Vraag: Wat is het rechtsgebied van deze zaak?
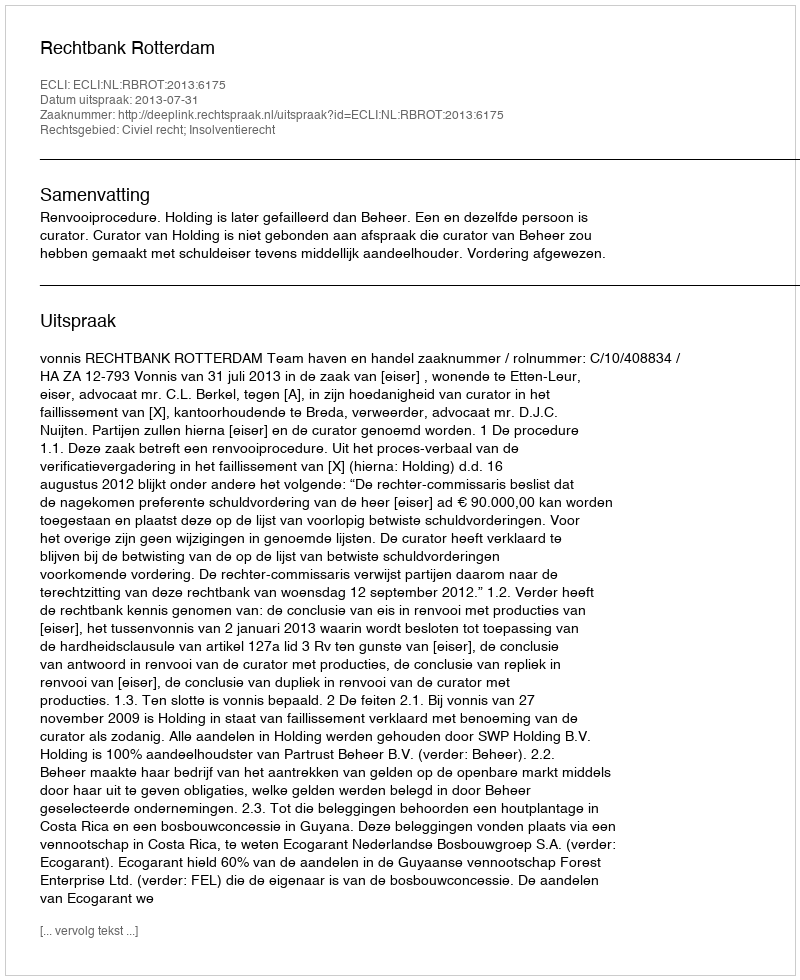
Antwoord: Civiel recht; Insolventierecht